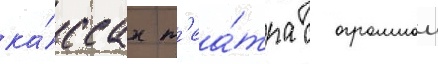
ка́ссах т'еа́тра с огромнои